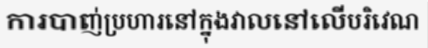
ការបាញ់ប្រហារនៅក្នុងវាលនៅលើបរិវេណ